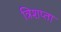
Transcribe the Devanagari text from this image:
त्रिशप्ता